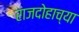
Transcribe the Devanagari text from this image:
राजदोहाच्या